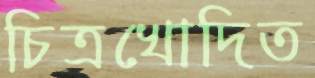
চিত্রখোদিত